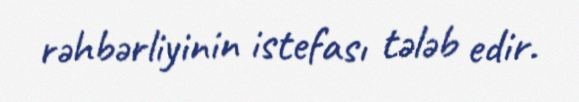
rəhbərliyinin istefası tələb edir.